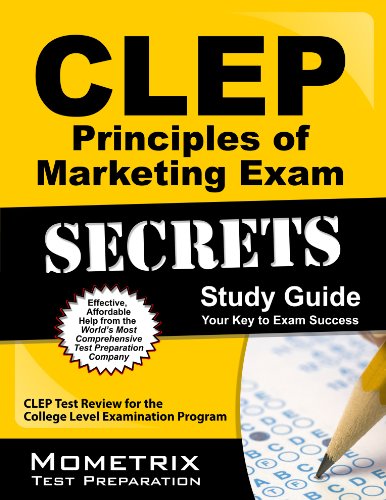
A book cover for CLEP Principles of Marketing Exam Secrets Study Guide: CLEP Test Review for the College Level Examination Program; CLEP Exam Secrets Test Prep Team; Test Preparation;